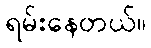
ရမ်းနေတယ်။